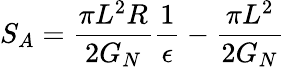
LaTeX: S_{A}=\frac{\pi L^{2}R}{2G_{N}}\frac{1}{\epsilon}-\frac{\pi L^{2}}{2G_{N}}